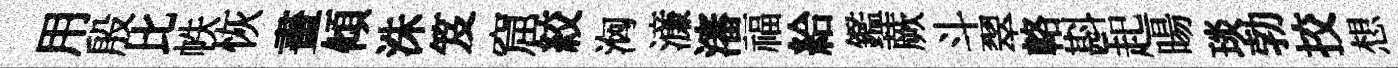
用殷比帙恢畫傾洙笈窟絞洶濓瀋福給鑑蕨斗翠輅斟起暘琰勃挍想